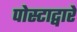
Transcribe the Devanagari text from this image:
पोस्टाद्वारे